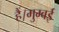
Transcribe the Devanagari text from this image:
हैं।मुम्बई